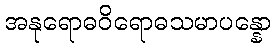
အနုရောဓဝိရောဓသမာပန္နော